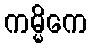
ကမ္မိကေ